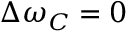
\Delta \omega _ { C } = 0